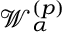
{ \mathcal W } _ { \alpha } ^ { ( p ) }